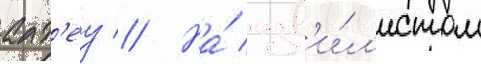
алт'еу // На́ изв'и́л'истом